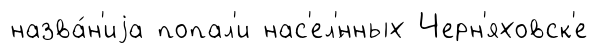
назва́н'иjа попал'и нас'ел'́нных Черн'яховск'е